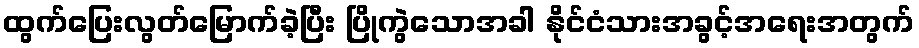
ထွက်ပြေးလွတ်မြောက်ခဲ့ပြီး ပြိုကွဲသောအခါ နိုင်ငံသားအခွင့်အရေးအတွက်